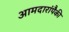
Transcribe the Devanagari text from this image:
आमदारांपैकी